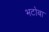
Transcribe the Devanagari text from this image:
भटोबा